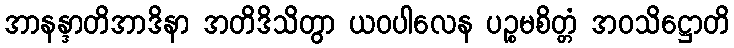
အာနန္ဒာတိအာဒိနာ အတိဒိသိတွာ ယဝပါလေန ပဉ္စမစိတ္တံ အဝသိဋ္ဌောတိ